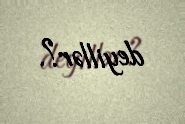
deyillər?.